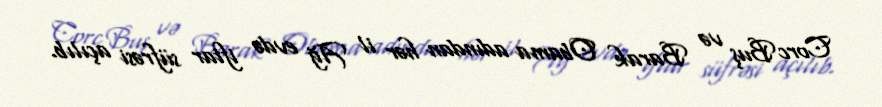
Corc Buş və Barak Obama adından hər il Ağ evdə iftar süfrəsi açılıb.